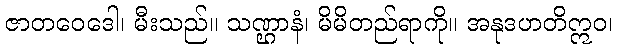
ဇာတဝေဒေါ၊ မီးသည်။ သဏ္ဌာနံ၊ မိမိတည်ရာကို။ အနုဒဟတိဣဝ၊